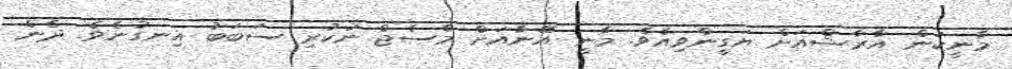
މާނީކަން އާރާޝްއަށް ޔަގީންވިއެވެ. މާނީ އޭނާއަށް މެސެޖް ނުކުރި ސަބަބު އިނގުނެވެ. ދެން